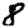
Digit: 8